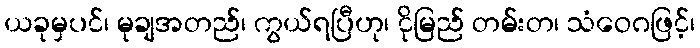
ယခုမှပင်၊ မုချအတည်၊ ကွယ်ရပြီဟု၊ ငိုမြည် တမ်းတ၊ သံဝေဂဖြင့်၊